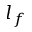
l _ { f }